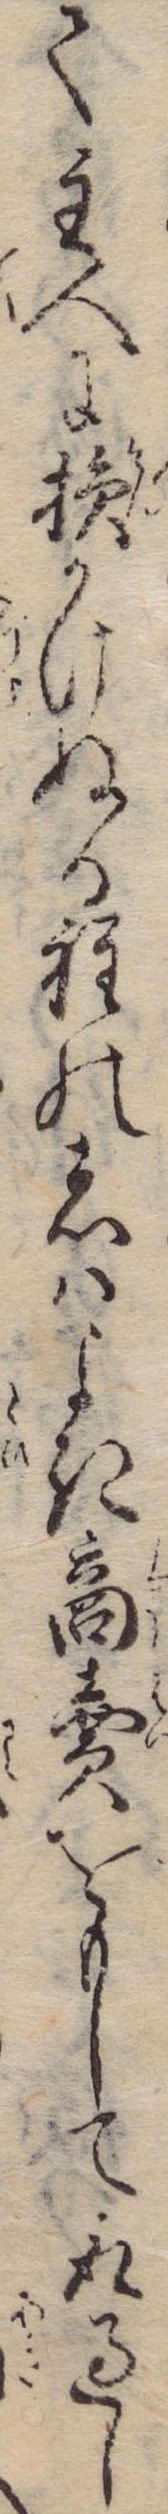
て主人に損かけぬる程の者はよき商売をもして取過し